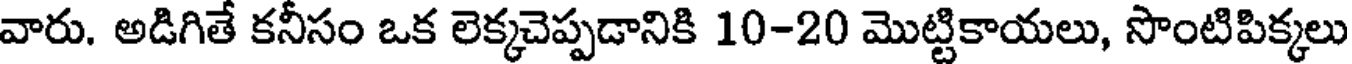
వారు. అడిగితే కనీసం ఒక లెక్కచెప్పడానికి 10-20 మొట్టికాయలు, సొంటిపిక్కలు